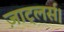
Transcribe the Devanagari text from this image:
ज़ाट्लर्स।